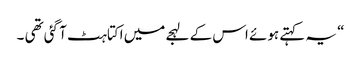
“ یہ کہتے ہوئے اس کے لہجے میں اکتاہٹ آ گئی تھی ۔